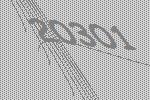
20301